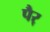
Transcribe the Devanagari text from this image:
पैर्